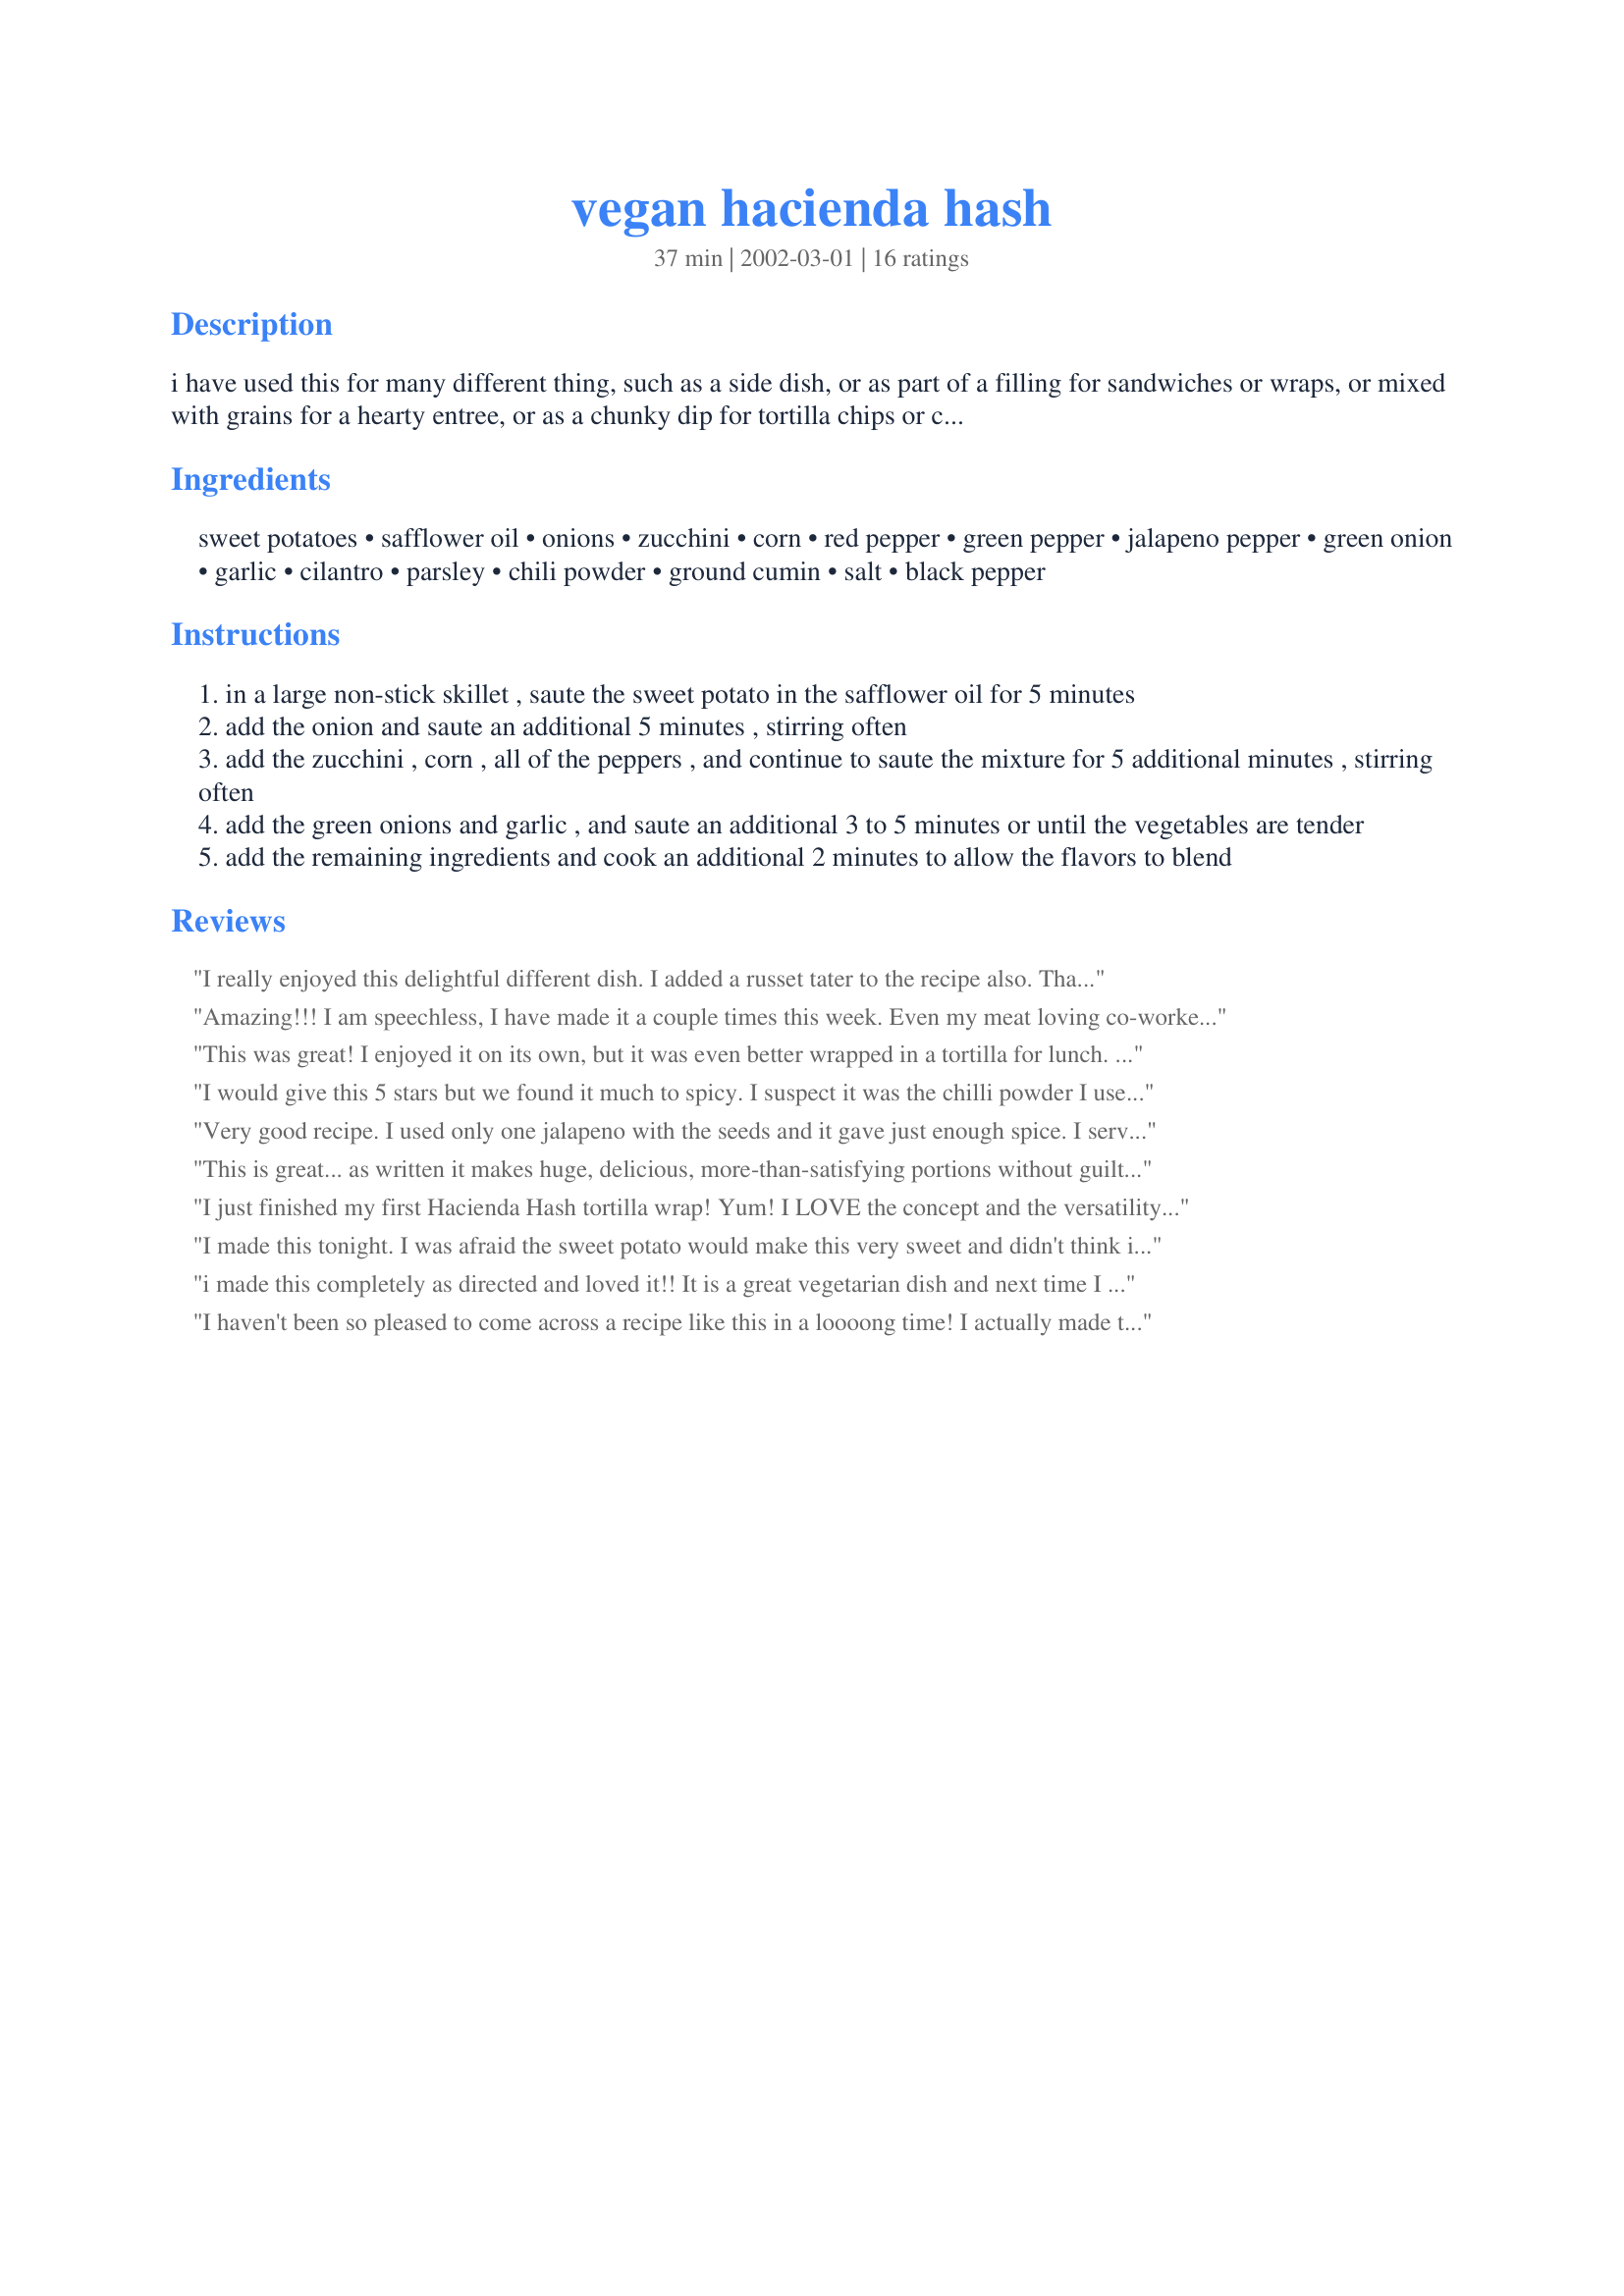
vegan hacienda hash
Preparation time: 37 minutes

i have used this for many different thing, such as a side dish, or as part of a filling for sandwiches or wraps, or mixed with grains for a hearty entree, or as a chunky dip for tortilla chips or crackers. it just works with everything and kids love it which surprised me.

Ingredients:
sweet potatoes, safflower oil, onions, zucchini, corn, red pepper, green pepper, jalapeno pepper, green onion, garlic, cilantro, parsley, chili powder, ground cumin, salt, black pepper

Steps:
in a large non-stick skillet , saute the sweet potato in the safflower oil for 5 minutes
add the onion and saute an additional 5 minutes , stirring often
add the zucchini , corn , all of the peppers , and continue to saute the mixture for 5 additional minutes , stirring often
add the green onions and garlic , and saute an additional 3 to 5 minutes or until the vegetables are tender
add the remaining ingredients and cook an additional 2 minutes to allow the flavors to blend

Reviews:
I really enjoyed this delightful different dish. I added a russet tater to the recipe also. Thanks for a beyond 5 star
Amazing!!! I am speechless, I have made it a couple times this week. Even my meat loving co-workers and husband could not get enough! I added chili powder, and a dash of cayenne and spiced it up!
This was great! I enjoyed it on its own, but it was even better wrapped in a tortilla for lunch. Thanks for sharing.
I would give this 5 stars but we found it much to spicy. I suspect it was the chilli powder I used - it was obviously too strong. I will definately make again with only 1/2 tsp chilli powder amd 1/2 tsp paprika instead, as we loved the range of veges used and texture in the tortilla wraps.
Very good recipe. I used only one jalapeno with the seeds and it gave just enough spice. I served this over white rice (that I seasoned with cayenne and chili powder). Very tasty, and healthy. Thanks!
This is great... as written it makes huge, delicious, more-than-satisfying portions without guilt tied to it. I did not use safflower oil and it was fine without it. Make this! Eat it! Be happy.
I just finished my first Hacienda Hash tortilla wrap! Yum! I LOVE the concept and the versatility (thanks for all the great ideas everyone!), and while I'll definitely make it again, I'll need to do some adjusting. I have to either get some new chili powder (no doubt) and/or bump up the spices considerably. I forgot the corn today, but added black beans for the protein, and a dab of sour cream for just a little juiciness for the wrap. I also found it a little on the sweet side, but if I adjust the spices to my liking, that may not be an issue. (The lime juice sounds like a great addition!) If it's still too sweet, I'd use less sweet potatoes but more bell peppers, zuke and onions. DEFINITELY a keeper. Thanks so much!
I made this tonight. I was afraid the sweet potato would make this very sweet and didn't think it would go with the spices. WRONG! It's marvelous, I used this as a side dish with a salad. I will make this again and use as a dip next month when I throw a birthday party. Thank you cookin' "Dancer"

i made this completely as directed and loved it!! It is a great vegetarian dish and next time I make enchiladas this will be the side dish.
I haven't been so pleased to come across a recipe like this in a loooong time! I actually made this over the weekend, but just finished up the last bit yesterday for lunch. This is such a versatile recipe! I pretty much followed the ingredients, except used 3 cups of sweet potato and 1 cup of white potato, not on purpose, I just didn't have enough sweet potato in the house. And that's the beauty of this recipe, you can alternate, mix it up, just stay within the amounts and follow the instructions. I started out having this with some cooked wheatberries, then used it again rolled up in a tortilla. I finally had the last of it yesterday for lunch, mixed with some multi-colored pasta. Next time I make it (which will be this weekend), I think I'll add some cubed tofu and some fresh champignion mushrooms. Dancer, this recipe is truly superb, and thanks so much for posting it!
Excellent nutrient-dense meal! Try it with a squirt of lime.
This is a colorful, healthy-tasting hash. My soon-to-be-husband doesn't like bell pepper, so I had to leave those out. Otherwise I prepared it exactly as listed. He even ate it for breakfast!
yummy! I made so many substitutions and it still turned out amazing. I will certainly be making this again....and again! Thank you.
Admittedly I'm not vegan, but I had 50+ guests and only one non-vegan person really liked this. I followed it exactly, but I guess I just didn't have the knack for the TLC.
This is awesome! My vegan daughter was visiting and I made this and she flipped. She ate it for several days. Thank you for an awesome recipe.
Yummy! I had this on brown rice for dinner last night topped with a little cheddar, and my meat-and-potato man loved it (very surprising). With the leftovers I am going to add some black beans and maybe some stewed tomatoes for an easy veg chili. I think I will also kick it up with a little hot sauce. Delicious, thank you!
